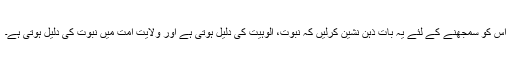
اس کو سمجھنے کے لئے یہ بات ذہن نشین کرلیں کہ نبوت، الوہیت کی دلیل ہوتی ہے اور ولایت امت میں نبوت کی دلیل ہوتی ہے۔